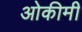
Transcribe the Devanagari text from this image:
ओकीमी